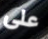
على